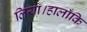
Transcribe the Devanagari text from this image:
लिया।हालाँकि